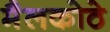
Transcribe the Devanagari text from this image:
मैलकोठे